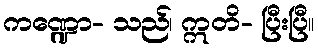
ကဏ္ဍော- သည်၊ ဣတိ- ပြီးပြီ။